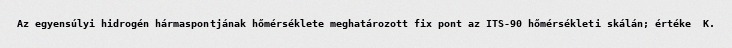
Az egyensúlyi hidrogén hármaspontjának hőmérséklete meghatározott fix pont az ITS-90 hőmérsékleti skálán; értéke  K.